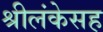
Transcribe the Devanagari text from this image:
श्रीलंकेसह